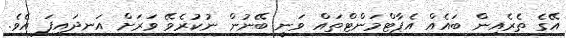
އޭގެ ތެރެއިން ބައެއް އެޕާޓްމަންޓްތައް ވަނީ ބޭނުން ނުކުރެވޭ ވަރަށް އަނދައިފަ އެވެ.